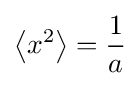
\left\langle x^{2}\right\rangle ={\frac {1}{a}}